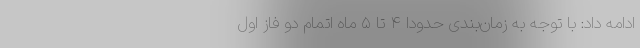
ادامه داد: با توجه به زمان‌بندی حدودا ۴ تا ۵ ماه اتمام دو فاز اول